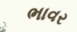
ભાવર